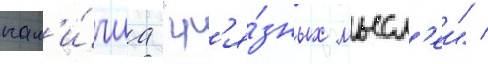
нал'и́чиа "гр'я́зных мысл'еи" /